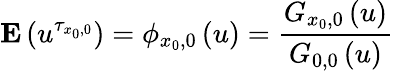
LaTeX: {\mathbf E}\left(u^{\tau_{x_{0},0}}\right)=\phi_{x_{0},0}\left(u\right)=\frac{G_{x_{0},0}\left(u\right)}{G_{0,0}\left(u\right)}